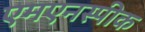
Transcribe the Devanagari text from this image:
एमएनस्पीक